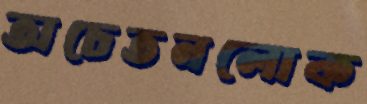
অচেতনলোক